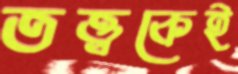
তত্ত্বকেই